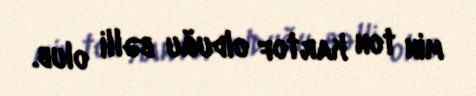
min ton kartof olduğu bəlli olub.